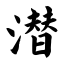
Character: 潜